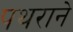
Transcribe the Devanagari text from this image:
पथराने